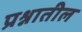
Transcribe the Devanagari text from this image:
प्रश्नातील